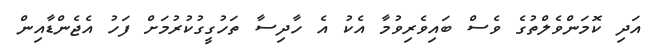
އަދި ކޮމަންވެލްތުގެ ވެސް ބައިވެރިވުމާ އެކު އެ ހާދިސާ ތަހުގީގުކުރުމަށް ފަހު އެޖެންޑާއިން